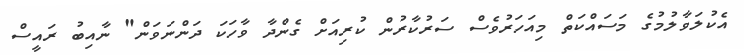
އެކުލަވާލުމުގެ މަސައްކަތް މިއަހަރުވެސް ސަރުކާރުން ކުރިއަށް ގެންދާ ވާހަކަ ދަންނަވަން" ނާއިބު ރައީސް